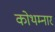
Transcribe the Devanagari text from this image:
कोथम्नार